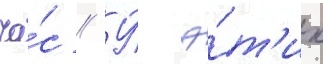
ча́с // У́ э́т'их